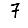
Digit: 7